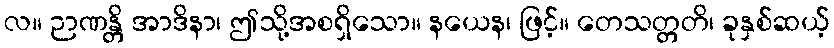
လ။ ဉာဏန္တိ အာဒိနာ၊ ဤသို့အစရှိသော။ နယေန၊ ဖြင့်။ တေသတ္တတိ၊ ခုနှစ်ဆယ့်